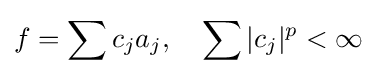
f=\sum c_{j}a_{j},\ \ \ \sum |c_{j}|^{p}<\infty